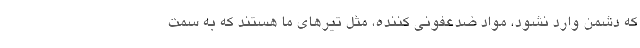
که دشمن وارد نشود، مواد ضدعفونی کننده، مثل تیرهای ما هستند که به سمت